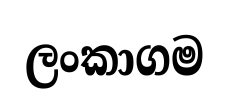
ලංකාගම